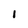
Character: 1